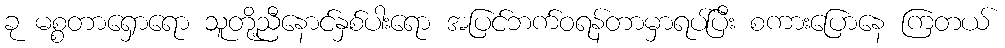
ခု မစ္စတာရှောရော သူတို့ညီနောင်နှစ်ပါးရော အပြင်ဘက်ဝရန်တာမှာရပ်ပြီး စကားပြောနေ ကြတယ်